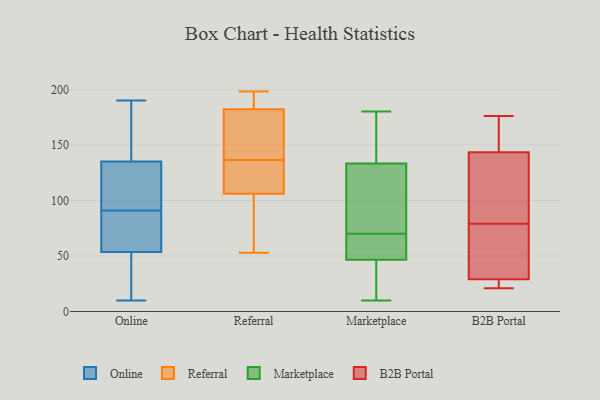
{"axis": {"x": "Demand Index", "y": "Value"}, "legend": ["B2B Portal", "Marketplace", "Online", "Referral"], "data": [{"x": "", "y": 168, "type": "Online"}, {"x": "", "y": 36, "type": "Online"}, {"x": "", "y": 141, "type": "Online"}, {"x": "", "y": 121, "type": "Online"}, {"x": "", "y": 53, "type": "Online"}, {"x": "", "y": 91, "type": "Online"}, {"x": "", "y": 10, "type": "Online"}, {"x": "", "y": 28, "type": "Online"}, {"x": "", "y": 91, "type": "Online"}, {"x": "", "y": 65, "type": "Online"}, {"x": "", "y": 104, "type": "Online"}, {"x": "", "y": 92, "type": "Online"}, {"x": "", "y": 63, "type": "Online"}, {"x": "", "y": 74, "type": "Online"}, {"x": "", "y": 13, "type": "Online"}, {"x": "", "y": 190, "type": "Online"}, {"x": "", "y": 129, "type": "Online"}, {"x": "", "y": 167, "type": "Online"}, {"x": "", "y": 164, "type": "Online"}, {"x": "", "y": 54, "type": "Online"}, {"x": "", "y": 109, "type": "Referral"}, {"x": "", "y": 148, "type": "Referral"}, {"x": "", "y": 148, "type": "Referral"}, {"x": "", "y": 113, "type": "Referral"}, {"x": "", "y": 125, "type": "Referral"}, {"x": "", "y": 179, "type": "Referral"}, {"x": "", "y": 192, "type": "Referral"}, {"x": "", "y": 185, "type": "Referral"}, {"x": "", "y": 198, "type": "Referral"}, {"x": "", "y": 103, "type": "Referral"}, {"x": "", "y": 53, "type": "Referral"}, {"x": "", "y": 84, "type": "Referral"}, {"x": "", "y": 70, "type": "Marketplace"}, {"x": "", "y": 164, "type": "Marketplace"}, {"x": "", "y": 180, "type": "Marketplace"}, {"x": "", "y": 165, "type": "Marketplace"}, {"x": "", "y": 99, "type": "Marketplace"}, {"x": "", "y": 135, "type": "Marketplace"}, {"x": "", "y": 137, "type": "Marketplace"}, {"x": "", "y": 52, "type": "Marketplace"}, {"x": "", "y": 121, "type": "Marketplace"}, {"x": "", "y": 46, "type": "Marketplace"}, {"x": "", "y": 68, "type": "Marketplace"}, {"x": "", "y": 29, "type": "Marketplace"}, {"x": "", "y": 10, "type": "Marketplace"}, {"x": "", "y": 126, "type": "Marketplace"}, {"x": "", "y": 37, "type": "Marketplace"}, {"x": "", "y": 64, "type": "Marketplace"}, {"x": "", "y": 48, "type": "Marketplace"}, {"x": "", "y": 36, "type": "Marketplace"}, {"x": "", "y": 128, "type": "Marketplace"}, {"x": "", "y": 59, "type": "B2B Portal"}, {"x": "", "y": 34, "type": "B2B Portal"}, {"x": "", "y": 158, "type": "B2B Portal"}, {"x": "", "y": 22, "type": "B2B Portal"}, {"x": "", "y": 152, "type": "B2B Portal"}, {"x": "", "y": 136, "type": "B2B Portal"}, {"x": "", "y": 118, "type": "B2B Portal"}, {"x": "", "y": 29, "type": "B2B Portal"}, {"x": "", "y": 29, "type": "B2B Portal"}, {"x": "", "y": 176, "type": "B2B Portal"}, {"x": "", "y": 146, "type": "B2B Portal"}, {"x": "", "y": 21, "type": "B2B Portal"}, {"x": "", "y": 23, "type": "B2B Portal"}, {"x": "", "y": 109, "type": "B2B Portal"}, {"x": "", "y": 79, "type": "B2B Portal"}]}